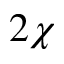
2 \chi